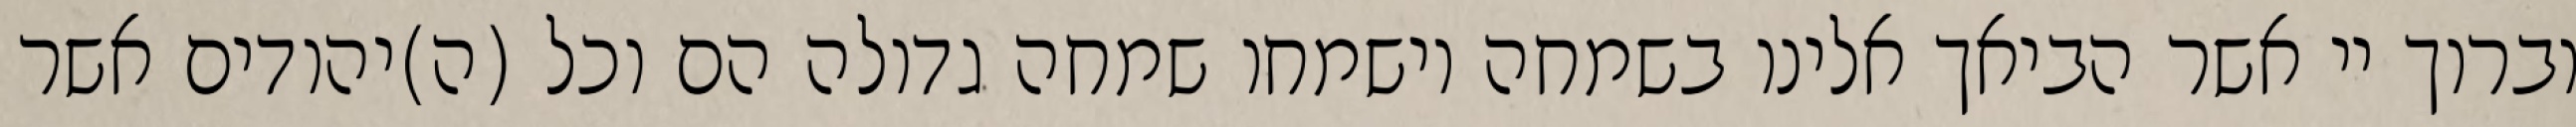
וברוך יי אשר הביאך אלינו בשמחה וישמחו שמחה גדולה הם וכל (ה)יהודים אשר